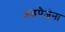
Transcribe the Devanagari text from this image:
अडपैजेना